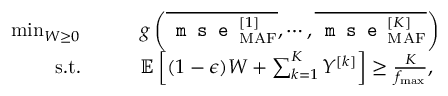
\begin{array} { r l } { \operatorname* { m i n } _ { W \geq 0 } } & { \qquad g \left( \overline { { \texttt { m s e } _ { \mathrm { M A F } } ^ { [ 1 ] } } } , \cdots , \overline { { \texttt { m s e } _ { \mathrm { M A F } } ^ { [ K ] } } } \right) } \\ { \mathrm { s . t . } } & { \qquad { \mathbb { E } } \left[ ( 1 - \epsilon ) W + \sum _ { k = 1 } ^ { K } Y ^ { [ k ] } \right] \geq \frac { K } { f _ { \operatorname* { m a x } } } , } \end{array}